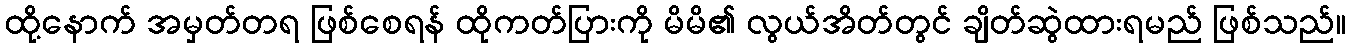
ထို့နောက် အမှတ်တရ ဖြစ်စေရန် ထိုကတ်ပြားကို မိမိ၏ လွယ်အိတ်တွင် ချိတ်ဆွဲထားရမည် ဖြစ်သည်။